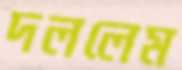
দললেম